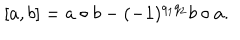
LaTeX: \lbrack a , b ] = a \circ b - ( - 1 ) ^ { q _ { 1 } q _ { 2 } } b \circ a .